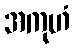
အကုဟံ